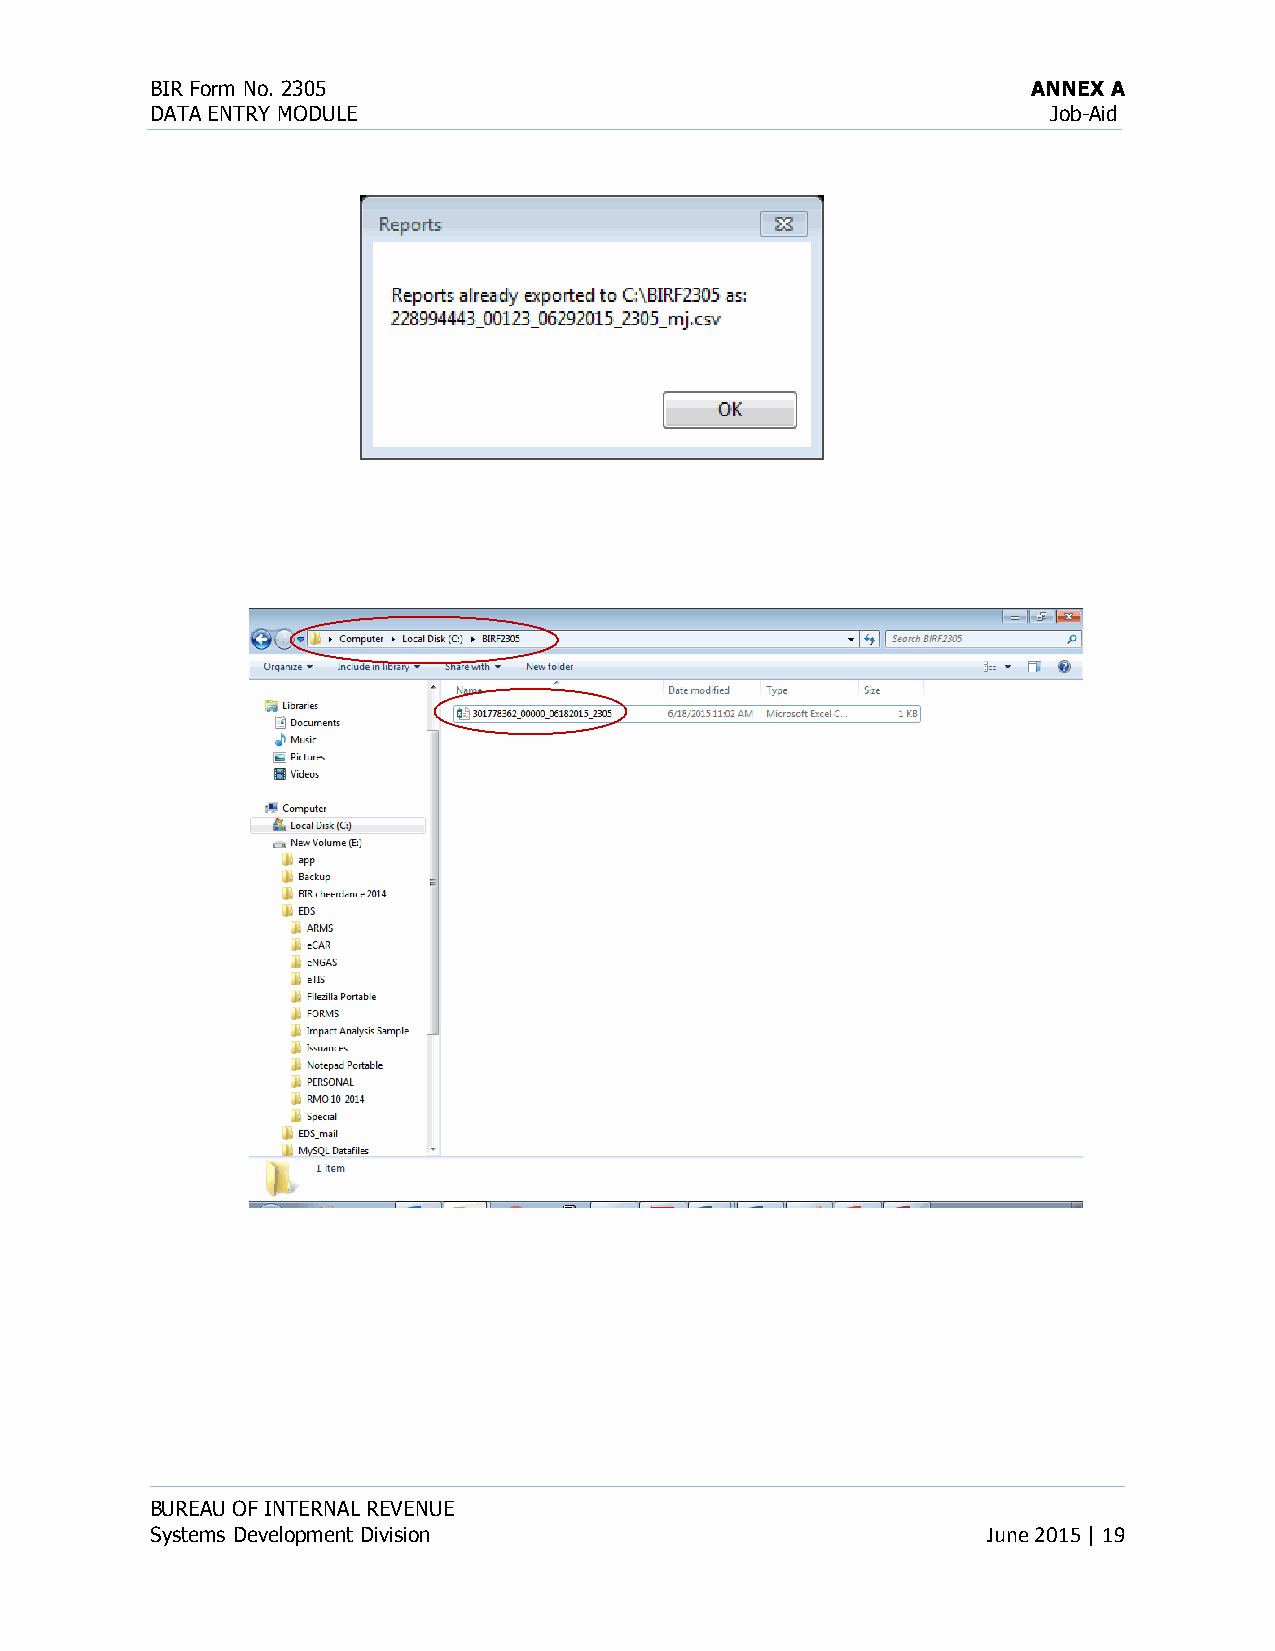
BIR Form No. 2305                                         ANNEX A
 DATA ENTRY MODULE                                           Job-Aid
 BUREAU OF INTERNAL REVENUE
 Systems Development Division                           June 2015 | 19